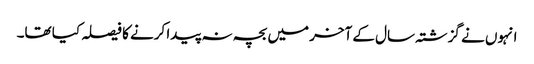
انہوں نے گزشتہ سال کے آخر میں بچہ نہ پیدا کرنے کا فیصلہ کیا تھا۔